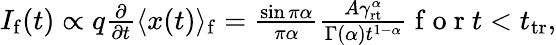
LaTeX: \begin{array}{r}{I_{\mathrm{f}}(t)\propto q\frac{\partial}{\partial t}\langle x(t)\rangle_{\mathrm{f}}=\frac{\sin\pi\alpha}{\pi\alpha}\frac{A\gamma_{\mathrm{rt}}^{\alpha}}{\Gamma(\alpha)t^{1-\alpha}}\mathrm{~f~o~r~}t<t_{\mathrm{tr}},}\end{array}